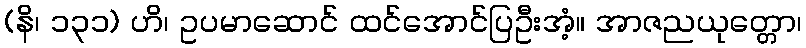
(နိ၊ ၁၃၁) ဟိ၊ ဥပမာဆောင် ထင်အောင်ပြဦးအံ့။ အာဇညယုတ္တော၊